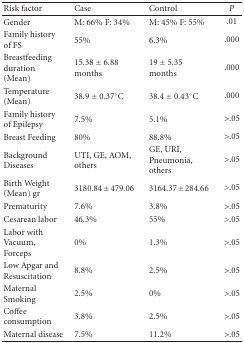
| Risk factor | Case | Control | P |
 | --- | --- | --- | --- |
 | Gender | M: 66% F: 34% | M: 45% F: 55% | .01 |
 | Family history of FS | 55% | 6.3% | .000 |
 | Breastfeeding duration (Mean) | 15.38 ± 6.88 months | 19 ± 5.35 months | .000 |
 | Temperature (Mean) | 38.9 ± 0.37°C | 38.4 ± 0.43°C | .000 |
 | Family history of Epilepsy | 7.5% | 5.1% | >.05 |
 | Breast Feeding | 80% | 88.8% | >.05 |
 | Background Diseases | UTI, GE, AOM, others | GE, URI, Pneumonia, others | >.05 |
 | Birth Weight (Mean) gr | 3180.84 ± 479.06 | 3164.37 ± 284.66 | >.05 |
 | Prematurity | 7.6% | 3.8% | >.05 |
 | Cesarean labor | 46.3% | 55% | >.05 |
 | Labor with Vacuum, Forceps | 0% | 1.3% | >.05 |
 | Low Apgar and Resuscitation | 8.8% | 2.5% | >.05 |
 | Maternal Smoking | 2.5% | 0% | >.05 |
 | Coffee consumption | 3.8% | 2.5% | >.05 |
 | Maternal disease | 7.5% | 11.2% | >.05 |